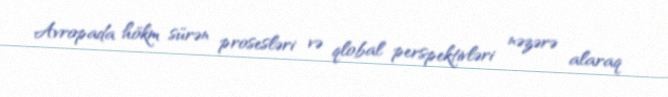
Avropada hökm sürən prosesləri və qlobal perspektivləri nəzərə alaraq